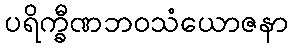
ပရိက္ခီဏဘဝသံယောဇနာ